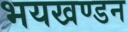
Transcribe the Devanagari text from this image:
भयखण्डन